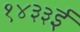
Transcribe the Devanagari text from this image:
१४३३ई